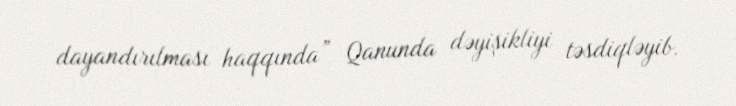
dayandırılması haqqında” Qanunda dəyişikliyi təsdiqləyib.